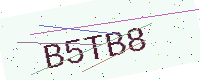
Text: B5TB8